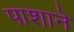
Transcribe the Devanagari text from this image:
पाशाने